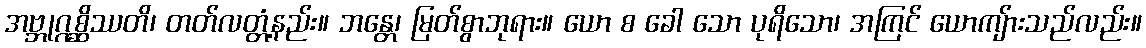
အဗ္ဘုဂ္ဂစ္ဆိဿတိ၊ တတ်လတ္တံ့နည်း။ ဘန္တေ၊ မြတ်စွာဘုရား။ ယော စ ခေါ သော ပုရိသော၊ အကြင် ယောကျ်ားသည်လည်း။